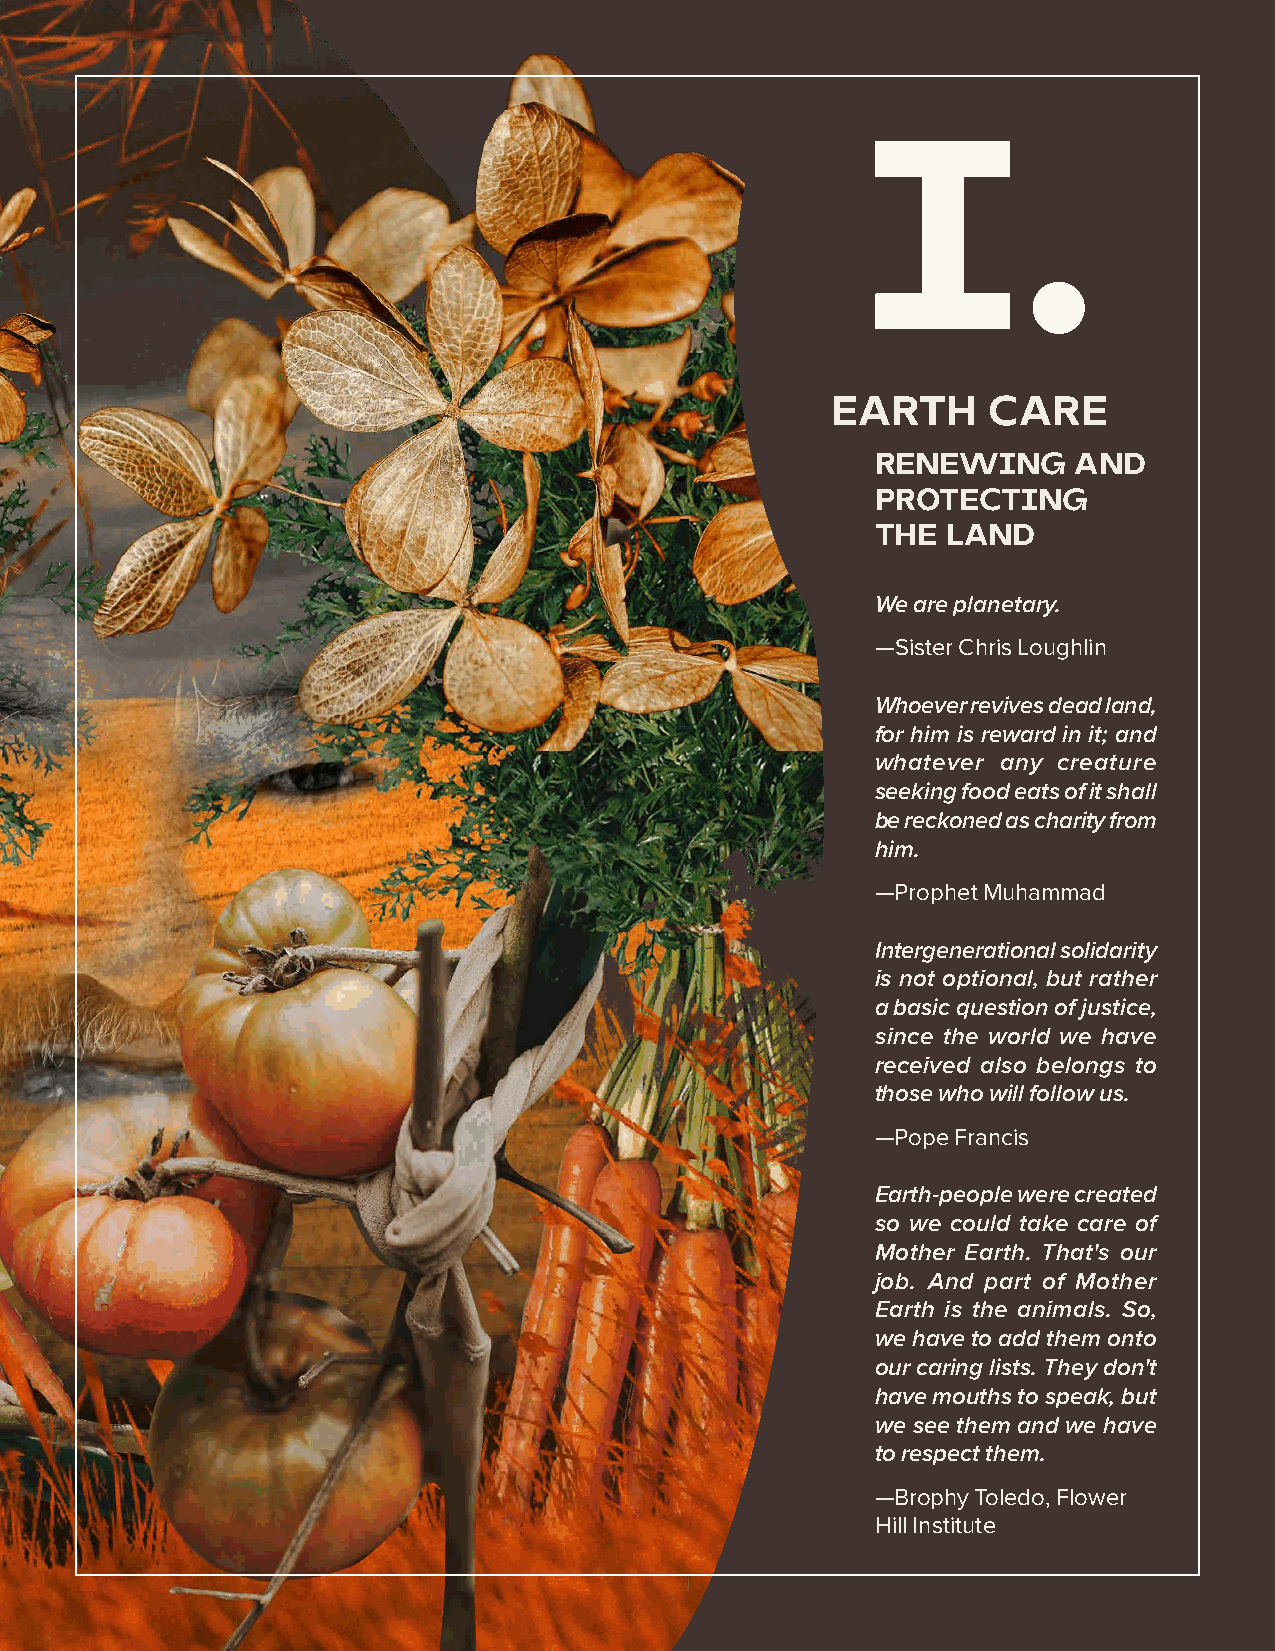
I.
 EARTH     CARE
 RENEWING     AND
 PROTECTING
 THE  LAND
 We are planetary.
 —Sister Chris Loughlin
 Whoever revives dead land,
 for him is reward in it; and
 whatever any creature
 seeking food eats of it shall
 be reckoned as charity from
 him.
 —Prophet Muhammad
 Intergenerational solidarity
 is not optional, but rather
 a basic question of justice,
 since the world we have
 received also belongs to
 those who will follow us.
 —Pope Francis
 Earth-people were created
 so we could take care of
 Mother Earth. That's our
 job. And part of Mother
 Earth is the animals. So,
 we have to add them onto
 our caring lists. They don't
 have mouths to speak, but
 we see them and we have
 to respect them.
 —Brophy Toledo, Flower
 Hill Institute